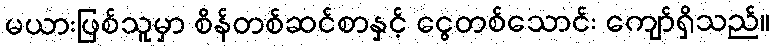
မယားဖြစ်သူမှာ စိန်တစ်ဆင်စာနှင့် ငွေတစ်သောင်း ကျော်ရှိသည်။